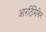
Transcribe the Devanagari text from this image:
आरर्टिमिसिन